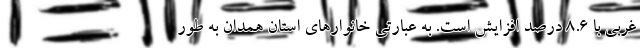
غربی با 8.6 درصد افزایش است. به عبارتی خانوارهای استان همدان به طور